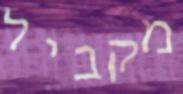
מקביל